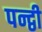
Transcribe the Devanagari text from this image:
पन्द्वी